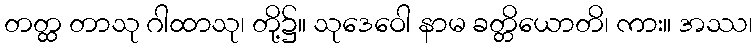
တတ္ထ တာသု ဂါထာသု၊ တို့၌။ သုဒေဝေါ နာမ ခတ္တိယောတိ၊ ကား။ အဿ၊